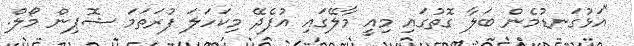
"އަޅުގަނޑުމެން ބަލާ ގޮތުގައި މިއީ މާލޭގައި އުފެދޭ މިކަހަލަ ފުރަތަމަ ޝޮޕިން މޯލް.